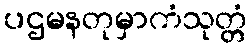
ပဌမနတုမှာကံသုတ္တံ